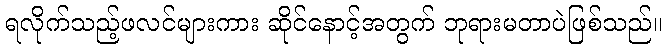
ရလိုက်သည့်ဖလင်များကား ဆိုင်နောင့်အတွက် ဘုရားမတာပဲဖြစ်သည်။